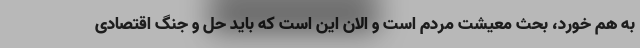
به هم خورد، بحث معیشت مردم است و الان این است که باید حل و جنگ اقتصادی